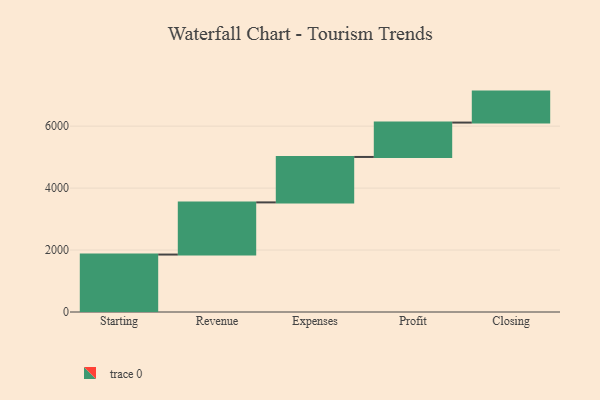
{"axis": {"x": "Step", "y": "Value"}, "legend": [""], "data": [{"x": "Starting", "y": 1855.0, "type": ""}, {"x": "Revenue", "y": 1684.0, "type": ""}, {"x": "Expenses", "y": 1467.0, "type": ""}, {"x": "Profit", "y": 1110.0, "type": ""}, {"x": "Closing", "y": 1000, "type": ""}]}